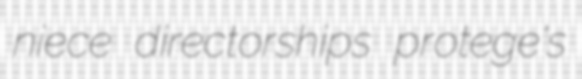
niece directorships protege's